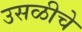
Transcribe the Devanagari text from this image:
उसळीचे